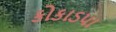
કોકાડપા